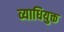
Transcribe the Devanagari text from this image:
व्याधियुक्त